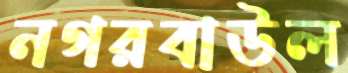
নগরবাউল